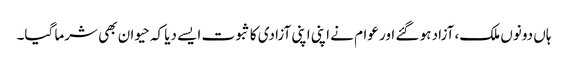
ہاں دونوں ملک، آزاد ہو گئے اور عوام نے اپنی اپنی آزادی کا ثبوت ایسے دیا کہ حیوان بھی شرما گیا۔